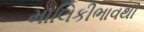
માલિકીભાવથી